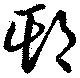
欺